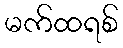
မက်ထရစ်